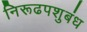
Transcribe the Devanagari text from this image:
निरूढपशुबंध